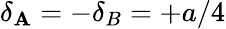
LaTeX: \delta_{\mathbf{A}}=-\delta_{B}=+a/4